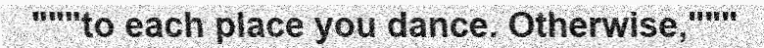
"""to each place you dance. Otherwise,"""